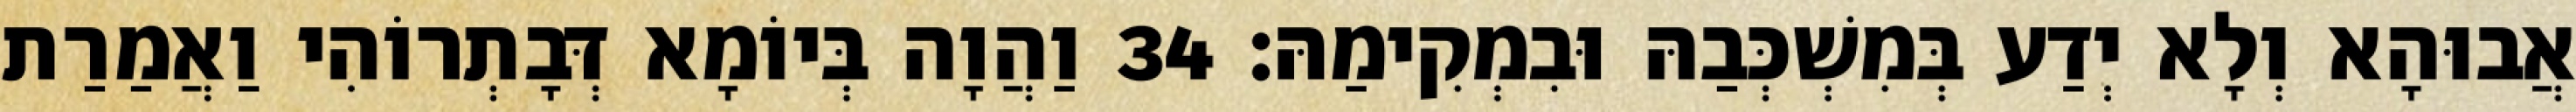
אֲבוּהָא וְלָא יְדַע בְּמִשְׁכְּבַהּ וּבִמְקִימַהּ׃ 34 וַהֲוָה בְּיוֹמָא דְּבָתְרוֹהִי וַאֲמַרַת